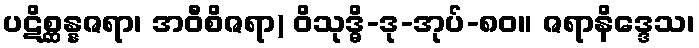
ပဋိစ္ဆန္နဇရာ၊ အဝီစိဇရာ) ဝိသုဒ္ဓိ-ဒု-အုပ်-၈၀။ ဇရာနိဒ္ဒေသ၊